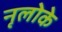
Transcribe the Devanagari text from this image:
नृलोके